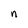
Character: n